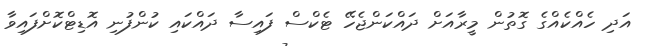
އަދި ހެއްކެއްގެ ގޮތުން މީރާއަށް ދައްކަންޖެހޭ ޓެކްސް ފައިސާ ދައްކައި ކުންފުނި އޮޑިޓްކޮށްފައިވާ